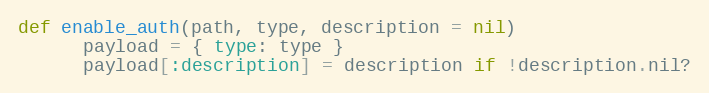
Language: Ruby
def enable_auth(path, type, description = nil)
      payload = { type: type }
      payload[:description] = description if !description.nil?